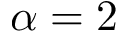
\alpha = 2